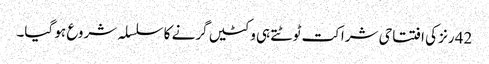
42 رنز کی افتتاحی شراکت ٹوٹتے ہی وکٹیں گرنے کا سلسلہ شروع ہو گیا۔